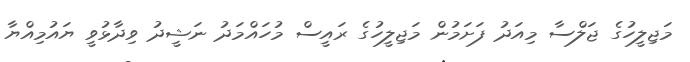
މަޖިލީހުގެ ޖަލްސާ މިއަދު ފަށަމުން މަޖިލީހުގެ ރައީސް މުހައްމަދު ނަޝީދު ވިދާޅުވީ ޔައުމިއްޔާ